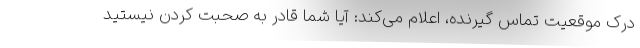
درک موقعیت تماس گیرنده، اعلام می‌کند: آیا شما قادر به صحبت کردن نیستید